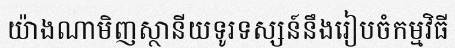
យ៉ាងណាមិញស្ថានីយទូរទស្សន៍នឹងរៀបចំកម្មវិធី